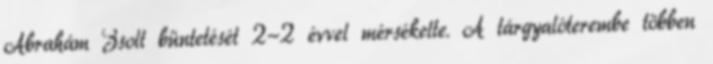
Ábrahám Zsolt büntetését 2-2 évvel mérsékelte. A tárgyalóterembe többen